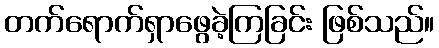
တက်ရောက်ရှာဖွေခဲ့ကြခြင်း ဖြစ်သည်။